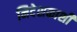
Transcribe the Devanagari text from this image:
निदेशकाशी